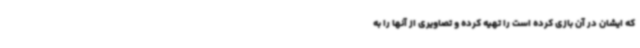
که ایشان در آن بازی کرده است را تهیه کرده و تصاویری از آنها را به